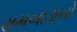
રામબાડાનો